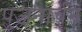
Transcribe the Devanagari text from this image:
पुजनार्चन